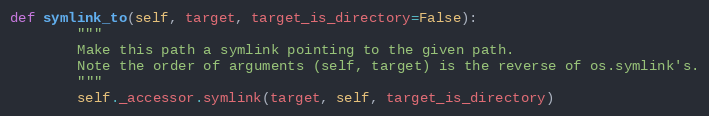
Language: Python
def symlink_to(self, target, target_is_directory=False):
        """
        Make this path a symlink pointing to the given path.
        Note the order of arguments (self, target) is the reverse of os.symlink's.
        """
        self._accessor.symlink(target, self, target_is_directory)